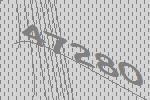
47280